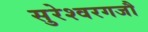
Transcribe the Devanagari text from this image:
सुरेश्वरगजौ